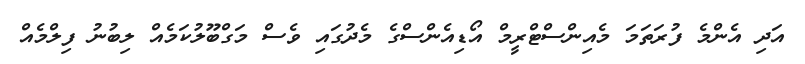
އަދި އެންމެ ފުރަތަމަ މެއިންސްޓްރީމް އޯޑިއެންސްގެ މެދުގައި ވެސް މަގްބޫލުކަމެއް ލިބުނު ފިލްމެއް